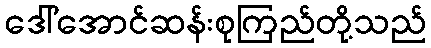
ဒေါ်အောင်ဆန်းစုကြည်တို့သည်